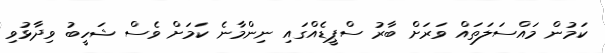
ކަމުން މައްސަލަތައް ވަރަށް ބާރު ސްޕީޑެއްގައި ނިންމާނެ ކަމަށް ވެސް ޝަހީބު ވިދާޅުވި